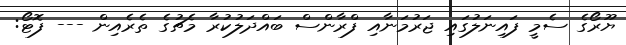
ޔޫރޯގެ ސެމީ ފައިނަލުގައި ޖަރުމަނާއި ފްރާންސް ބައްދަލުކުރާ މެޗުގެ ތެރެއިން --- ފޮޓޯ: